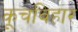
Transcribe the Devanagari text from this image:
कूचविहार